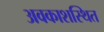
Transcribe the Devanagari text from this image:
अवकाशस्थित